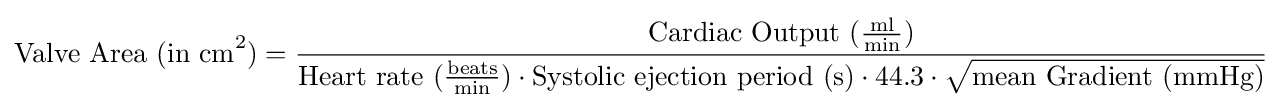
{\text{Valve Area (in cm}}^{2}{\text{)}}={\frac {{\text{Cardiac Output }}({\frac {\text{ml}}{\text{min}}})}{{\text{Heart rate }}({\frac {\text{beats}}{\text{min}}})\cdot {\text{Systolic ejection period (s)}}\cdot 44.3\cdot {\sqrt {\text{mean Gradient (mmHg)}}}}}